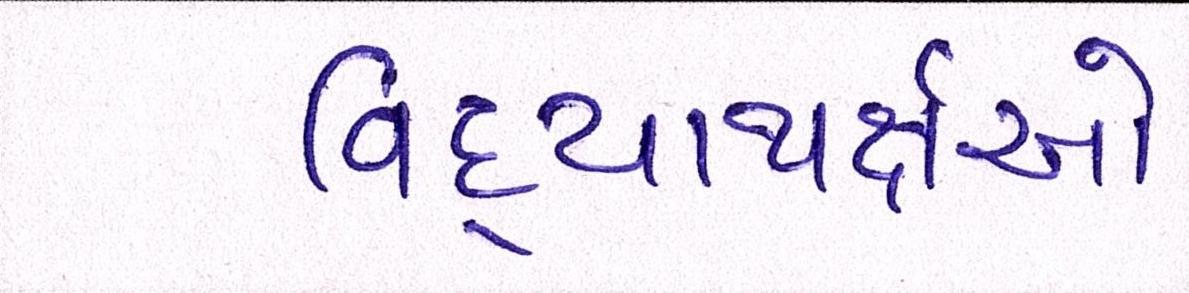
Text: વિદ્યાથર્ક્ષઓ